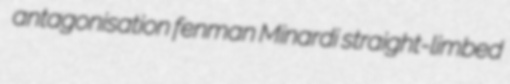
antagonisation fenman Minardi straight-limbed